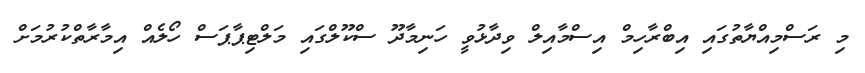
މި ރަސްމިއްޔާތުގައި އިބްރާހިމް އިސްމާއިލް ވިދާޅުވީ ހަނިމާދޫ ސްކޫލްގައި މަލްޓިޕާޕަސް ހޯލެއް އިމާރާތްކުރުމަށް